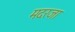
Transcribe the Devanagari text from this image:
मदरजा